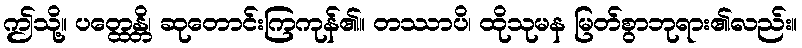
ဤသို့။ ပတ္ထေန္တိ၊ ဆုတောင်းကြကုန်၏။ တဿာပိ၊ ထိုသုမန မြတ်စွာဘုရား၏လည်း။